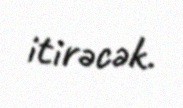
itirəcək.